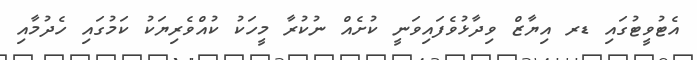
އެޓުވީޓުގައި ޑރ އިޔާޒް ވިދާޅުވެފައިވަނީ ކުށެއް ނުކުރާ މީހަކު ކުއްވެރިޔަކު ކަމުގައި ހެދުމާއި